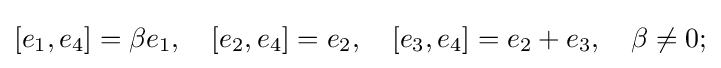
[e_{1},e_{4}]=\beta e_{1},\quad [e_{2},e_{4}]=e_{2},\quad [e_{3},e_{4}]=e_{2}+e_{3},\quad \beta \neq 0;